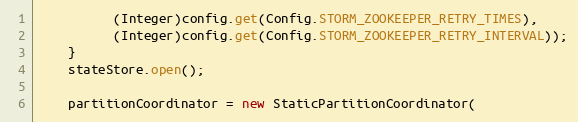
Language: Java
          (Integer)config.get(Config.STORM_ZOOKEEPER_RETRY_TIMES),
          (Integer)config.get(Config.STORM_ZOOKEEPER_RETRY_INTERVAL));
    }
    stateStore.open();

    partitionCoordinator = new StaticPartitionCoordinator(